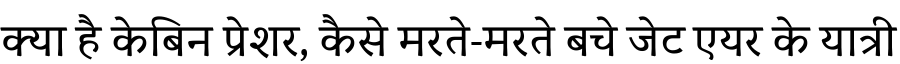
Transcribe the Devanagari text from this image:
क्या है केबिन प्रेशर, कैसे मरते-मरते बचे जेट एयर के यात्री